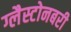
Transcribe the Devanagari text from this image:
ग्लैस्टोनबरी